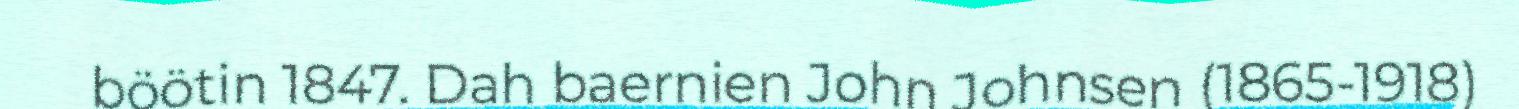
böötin 1847. Dah baernien John Johnsen (1865-1918)